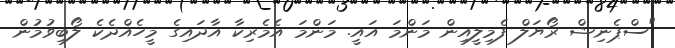
"ސްޕެނިޝް ރޯޔަލް ފެމިލީއިން މަންމަ އައީ. މަންމަ އެމެރިކާ އާދައިގެ މީހެއްދެކެ ލޯބިވުމުން